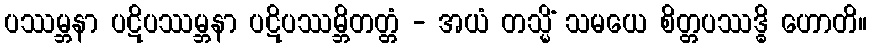
ပဿမ္ဘနာ ပဋိပဿမ္ဘနာ ပဋိပဿမ္ဘိတတ္တံ - အယံ တသ္မိံ သမယေ စိတ္တပဿဒ္ဓိ ဟောတိ။